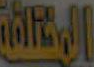
Pay